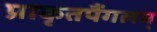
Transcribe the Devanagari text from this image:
प्राकृतपैंगलम्